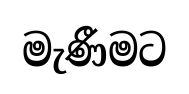
මැණීමට